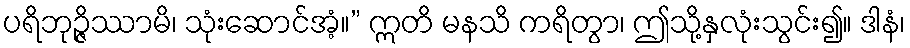
ပရိဘုဉ္ဇိဿာမိ၊ သုံးဆောင်အံ့။” ဣတိ မနသိ ကရိတွာ၊ ဤသို့နှလုံးသွင်း၍။ ဒါနံ၊